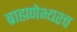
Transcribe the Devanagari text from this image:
ब्राह्मणेभ्यश्च